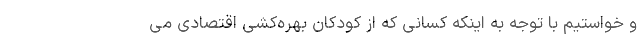
و خواستیم با توجه به اینکه کسانی که از کودکان بهره‌کشی اقتصادی می